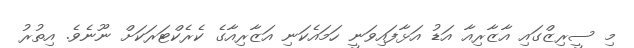
މި ސީރިޒްގައި އާޒާރިއާ އަޑު އަޅާފައިވަނީ ހަމައެކަނި އަޒާރިއާގެ ކެރެކްޓަރަކަށް ނޫނެވެ. އިތުރު